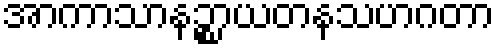
အာကာသာနဉ္စာယတနသဟဂတာ